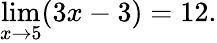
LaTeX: \operatorname*{lim}_{x\to 5}(3x-3)=12.